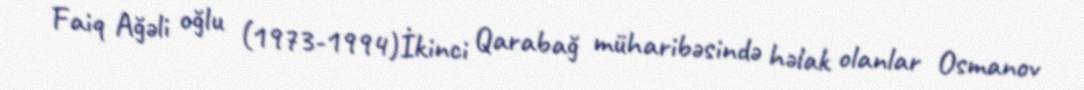
Faiq Ağəli oğlu (1973-1994)İkinci Qarabağ müharibəsində həlak olanlar Osmanov